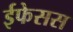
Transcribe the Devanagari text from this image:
ईफेसस